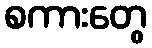
စကားတွေ